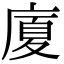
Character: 廈